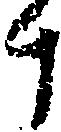
斗